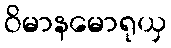
ဝိမာနမောရုယှ